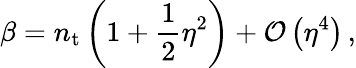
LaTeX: \beta=n_{\mathrm{t}}\left(1+\frac{1}{2}\eta^{2}\right)+\mathcal{O}\left(\eta^{4}\right)\, ,